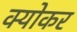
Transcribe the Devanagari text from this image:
क्योकर